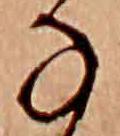
な